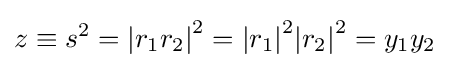
z\equiv s^{2}={|r_{1}r_{2}|}^{2}={|r_{1}|}^{2}{|r_{2}|}^{2}=y_{1}y_{2}